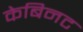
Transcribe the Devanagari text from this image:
केबिनट